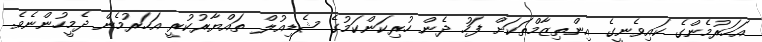
އަހަރުމެންގެ ކައިވެނީގެ އިންތިޒާމްތަކަށް ފަހު ދެން ހުރިކަންކަމުގެ ޝެޑިއުލް ތައްޔާރުކުރީ އަހަރުމެން ދެމީހުންނެވެ.